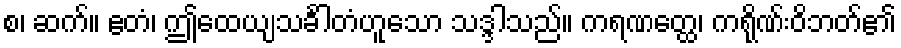
စ၊ ဆက်။ ဧတံ၊ ဤထေယျသင်္ခါတံဟူသော သဒ္ဒါသည်။ ကရဏတ္ထေ၊ ကရိုဏ်းဝိဘတ်၏